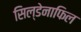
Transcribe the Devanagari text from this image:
सिल्डेनाफिल